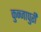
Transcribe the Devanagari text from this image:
कुन्जापुरी